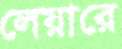
লেয়ারে